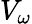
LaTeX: V_{\omega}